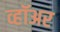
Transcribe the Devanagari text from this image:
व्हॉअर